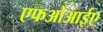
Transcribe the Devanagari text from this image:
एफओआईए